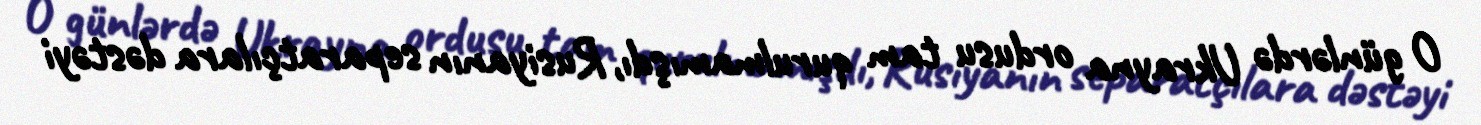
O günlərdə Ukrayna ordusu tam qurulmamışdı, Rusiyanın separatçılara dəstəyi